65_HS1-834228961_62-HQ-83894_Section_8
Agency: FBI
Page 105
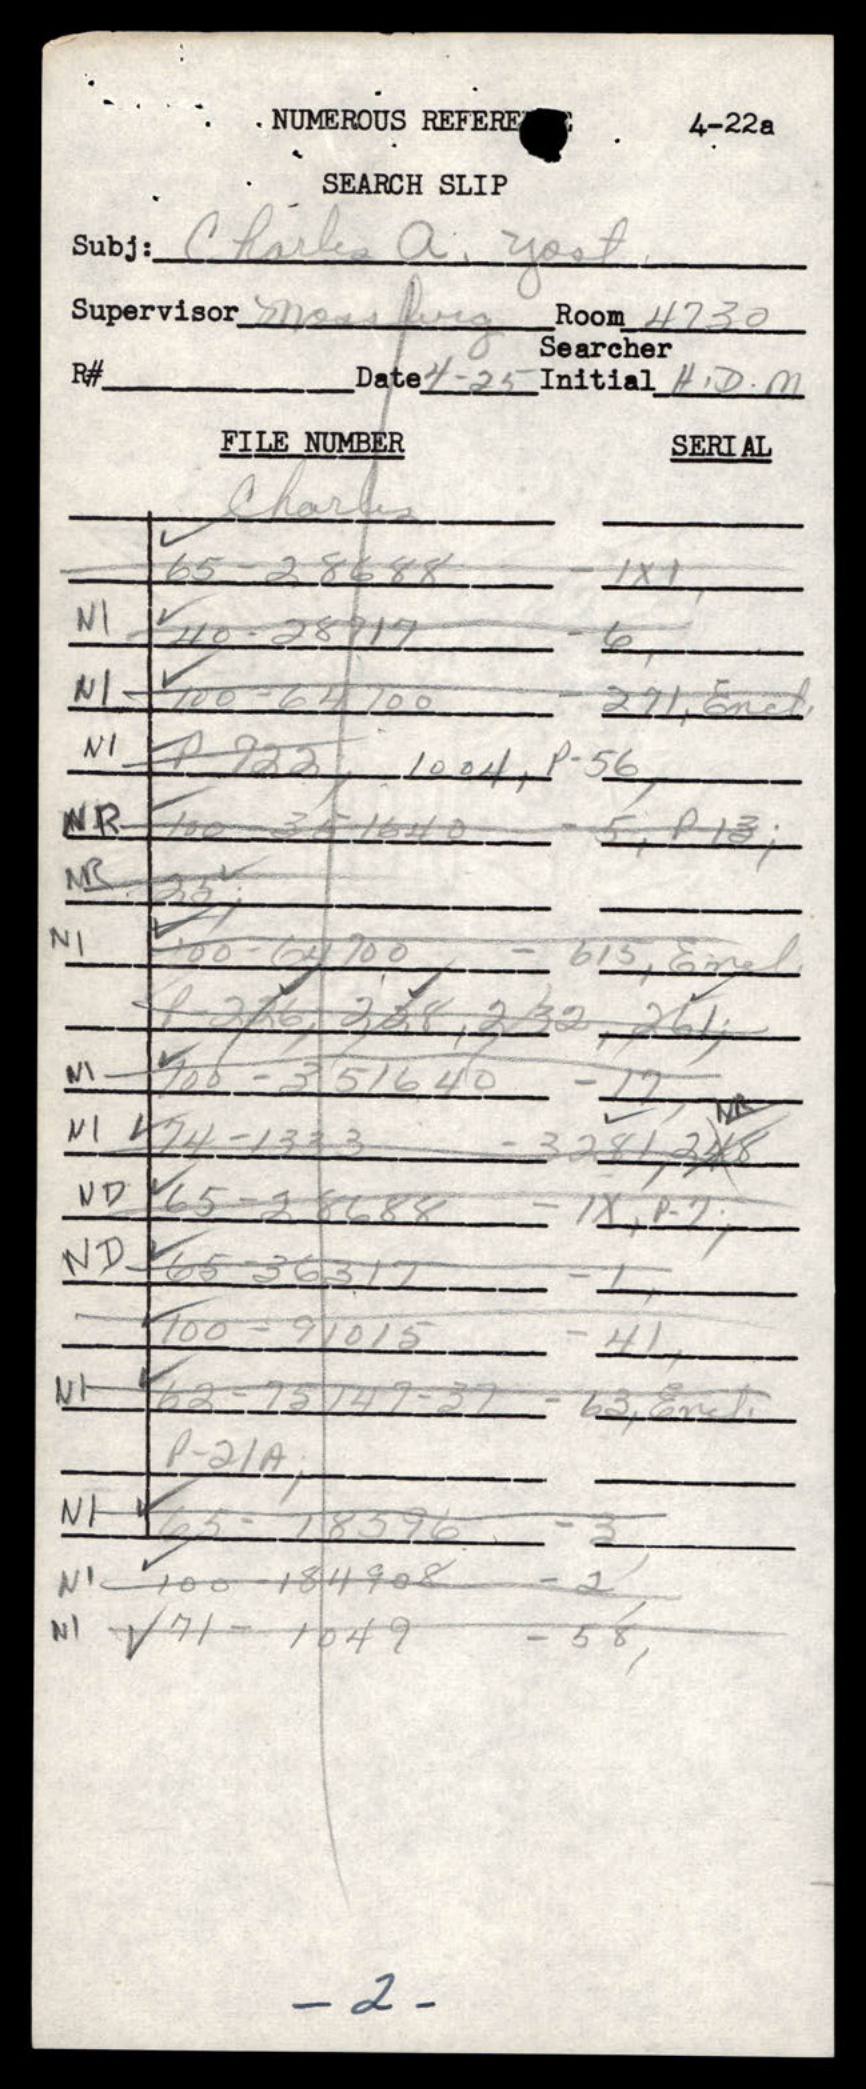